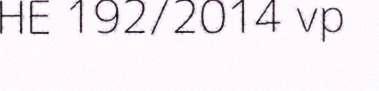
HE 192/2014 vp